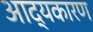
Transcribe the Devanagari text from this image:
आद्यकारण